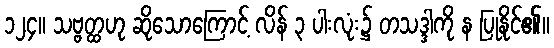
၁၂၄။ သဗ္ဗတ္ထဟု ဆိုသောကြောင့် လိန် ၃ ပါးလုံး၌ တသဒ္ဒါကို န ပြုနိုင်၏။